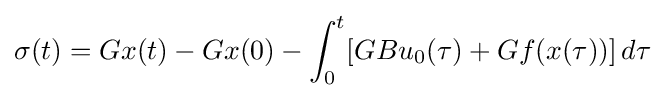
\sigma (t)=Gx(t)-Gx(0)-\int _{0}^{t}[GBu_{0}(\tau )+Gf(x(\tau ))]\,d\tau